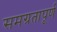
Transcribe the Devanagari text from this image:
समग्रतापूर्ण